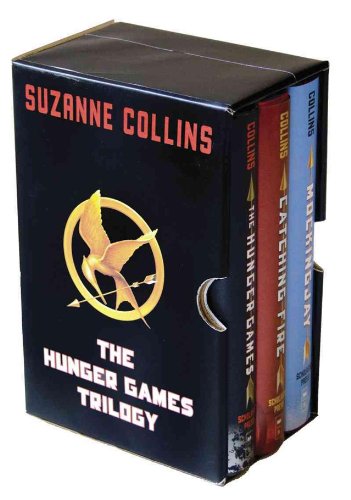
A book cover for The Hunger Games Trilogy Boxed Set; Suzanne Collins; Teen & Young Adult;